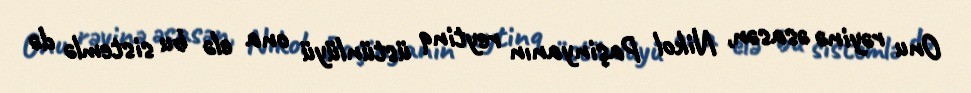
Onu rəyinə əsasən, Nikol Paşinyanın reytinq üstünlüyü ona elə bu sistemlə də